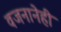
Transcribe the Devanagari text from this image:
वजनानेही